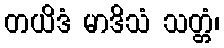
တယိဒံ မာဒိသံ သတ္တံ၊